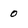
Character: 0